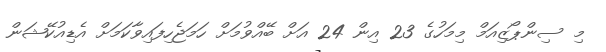
މި ސިންޕޯޒިއަމް މިމަހުގެ 23 އިން 24 އަށް ބޭއްވުމަށް ހަމަޖެހިފައިވާކަމަށް އެޑިއުކޭޝަން